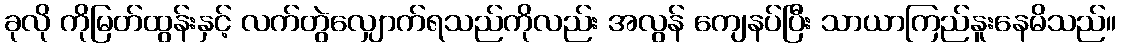
ခုလို ကိုမြတ်ထွန်းနှင့် လက်တွဲလျှောက်ရသည်ကိုလည်း အလွန် ကျေနပ်ပြီး သာယာကြည်နူးနေမိသည်။